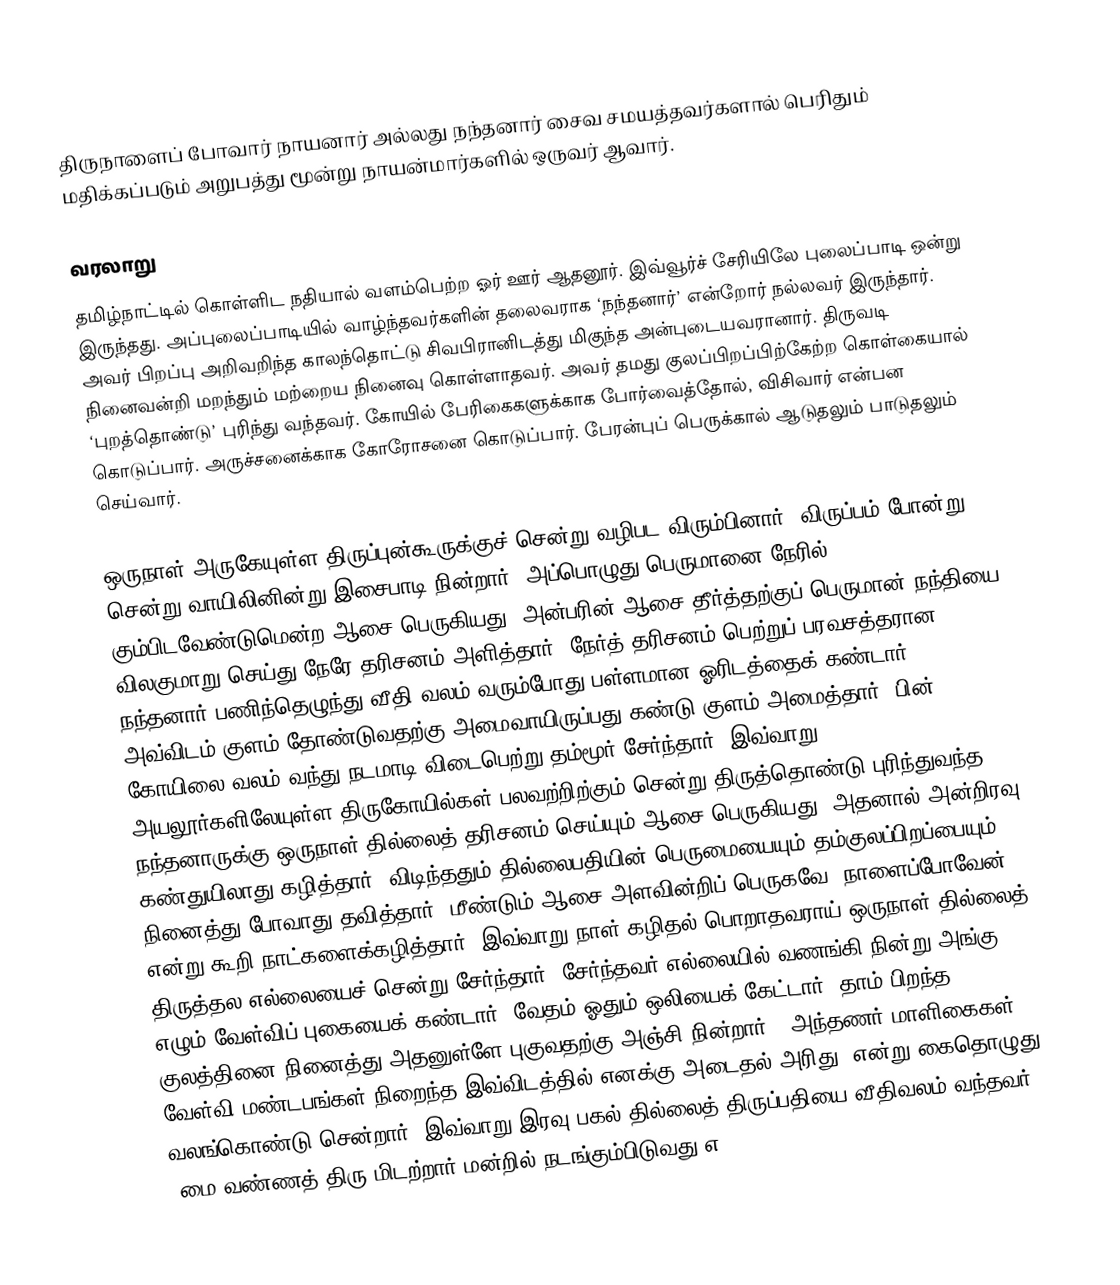
திருநாளைப் போவார் நாயனார் அல்லது நந்தனார் சைவ சமயத்தவர்களால் பெரிதும் மதிக்கப்படும் அறுபத்து மூன்று நாயன்மார்களில் ஒருவர் ஆவார்.

வரலாறு
தமிழ்நாட்டில் கொள்ளிட நதியால் வளம்பெற்ற ஓர் ஊர் ஆதனூர். இவ்வூர்ச் சேரியிலே புலைப்பாடி ஒன்று இருந்தது. அப்புலைப்பாடியில் வாழ்ந்தவர்களின் தலைவராக ‘நந்தனார்’ என்றோர் நல்லவர் இருந்தார். அவர் பிறப்பு அறிவறிந்த காலந்தொட்டு சிவபிரானிடத்து மிகுந்த அன்புடையவரானார். திருவடி நினைவன்றி மறந்தும் மற்றைய நினைவு கொள்ளாதவர். அவர் தமது குலப்பிறப்பிற்கேற்ற கொள்கையால் ‘புறத்தொண்டு’ புரிந்து வந்தவர். கோயில் பேரிகைகளுக்காக போர்வைத்தோல், விசிவார் என்பன கொடுப்பார். அருச்சனைக்காக கோரோசனை கொடுப்பார். பேரன்புப் பெருக்கால் ஆடுதலும் பாடுதலும் செய்வார்.

ஒருநாள் அருகேயுள்ள திருப்புன்கூருக்குச் சென்று வழிபட விரும்பினார். விருப்பம் போன்று சென்று வாயிலினின்று இசைபாடி நின்றார். அப்பொழுது பெருமானை நேரில் கும்பிடவேண்டுமென்ற ஆசை பெருகியது. அன்பரின் ஆசை தீர்த்தற்குப் பெருமான் நந்தியை விலகுமாறு செய்து நேரே தரிசனம் அளித்தார். நேர்த் தரிசனம் பெற்றுப் பரவசத்தரான நந்தனார் பணிந்தெழுந்து வீதி வலம் வரும்போது பள்ளமான ஓரிடத்தைக் கண்டார். அவ்விடம் குளம் தோண்டுவதற்கு அமைவாயிருப்பது கண்டு குளம் அமைத்தார். பின் கோயிலை வலம் வந்து நடமாடி விடைபெற்று தம்மூர் சேர்ந்தார். இவ்வாறு அயலூர்களிலேயுள்ள திருகோயில்கள் பலவற்றிற்கும் சென்று திருத்தொண்டு புரிந்துவந்த நந்தனாருக்கு ஒருநாள் தில்லைத் தரிசனம் செய்யும் ஆசை பெருகியது. அதனால் அன்றிரவு கண்துயிலாது கழித்தார். விடிந்ததும் தில்லைபதியின் பெருமையையும் தம்குலப்பிறப்பையும் நினைத்து போவாது தவித்தார். மீண்டும் ஆசை அளவின்றிப் பெருகவே “நாளைப்போவேன்” என்று கூறி நாட்களைக்கழித்தார். இவ்வாறு நாள் கழிதல் பொறாதவராய் ஒருநாள் தில்லைத் திருத்தல எல்லையைச் சென்று சேர்ந்தார். சேர்ந்தவர் எல்லையில் வணங்கி நின்று அங்கு எழும் வேள்விப் புகையைக் கண்டார். வேதம் ஓதும் ஒலியைக் கேட்டார். தாம் பிறந்த குலத்தினை நினைத்து அதனுள்ளே புகுவதற்கு அஞ்சி நின்றார். ‘அந்தணர் மாளிகைகள் வேள்வி மண்டபங்கள் நிறைந்த இவ்விடத்தில் எனக்கு அடைதல் அரிது’ என்று கைதொழுது வலங்கொண்டு சென்றார். இவ்வாறு இரவு பகல் தில்லைத் திருப்பதியை வீதிவலம் வந்தவர் ‘மை வண்ணத் திரு மிடற்றார் மன்றில் நடங்கும்பிடுவது எ